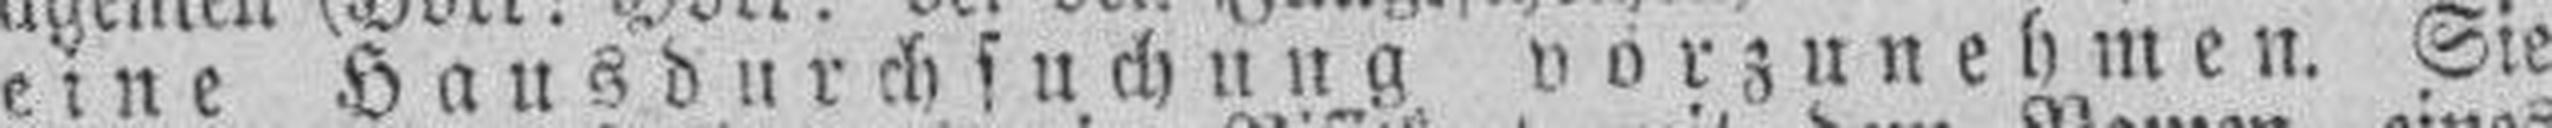
eine Hausdurchsuchung vorzunehmen. Sie